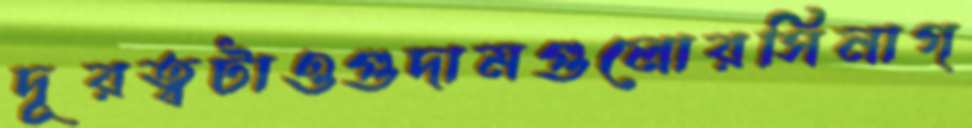
দূরত্বটাওগুদামগুলোরসিনাগ্